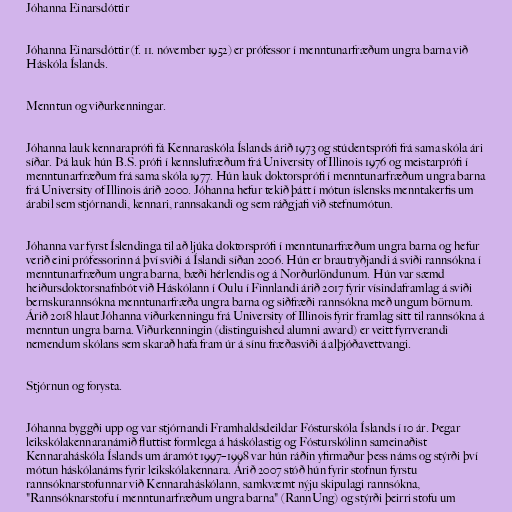
Jóhanna Einarsdóttir

Jóhanna Einarsdóttir (f. 11. nóvember 1952) er prófessor í menntunarfræðum ungra barna við
Háskóla Íslands.

Menntun og viðurkenningar.

Jóhanna lauk kennaraprófi fá Kennaraskóla Íslands árið 1973 og stúdentsprófi frá sama skóla ári
síðar. Þá lauk hún B.S. prófi í kennslufræðum frá University of Illinois 1976 og meistarprófi í
menntunarfræðum frá sama skóla 1977. Hún lauk doktorsprófi í menntunarfræðum ungra barna
frá University of Illinois árið 2000. Jóhanna hefur tekið þátt í mótun íslensks menntakerfis um
árabil sem stjórnandi, kennari, rannsakandi og sem ráðgjafi við stefnumótun.

Jóhanna var fyrst Íslendinga til að ljúka doktorsprófi í menntunarfræðum ungra barna og hefur
verið eini prófessorinn á því sviði á Íslandi síðan 2006. Hún er brautryðjandi á sviði rannsókna í
menntunarfræðum ungra barna, bæði hérlendis og á Norðurlöndunum. Hún var sæmd
heiðursdoktorsnafnbót við Háskólann í Oulu í Finnlandi árið 2017 fyrir vísindaframlag á sviði
bernskurannsókna menntunarfræða ungra barna og siðfræði rannsókna með ungum börnum.
Árið 2018 hlaut Jóhanna viðurkenningu frá University of Illinois fyrir framlag sitt til rannsókna á
menntun ungra barna. Viðurkenningin (distinguished alumni award) er veitt fyrrverandi
nemendum skólans sem skarað hafa fram úr á sínu fræðasviði á alþjóðavettvangi.

Stjórnun og forysta.

Jóhanna byggði upp og var stjórnandi Framhaldsdeildar Fósturskóla Íslands í 10 ár. Þegar
leikskólakennaranámið fluttist formlega á háskólastig og Fósturskólinn sameinaðist
Kennaraháskóla Íslands um áramót 1997–1998 var hún ráðin yfirmaður þess náms og stýrði því
mótun háskólanáms fyrir leikskólakennara. Árið 2007 stóð hún fyrir stofnun fyrstu
rannsóknarstofunnar við Kennaraháskólann, samkvæmt nýju skipulagi rannsókna,
"Rannsóknarstofu í menntunarfræðum ungra barna" (RannUng) og stýrði þeirri stofu um